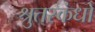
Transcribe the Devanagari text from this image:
श्रुतस्कंधों